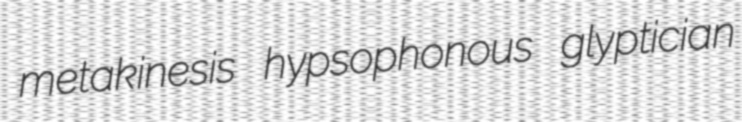
metakinesis hypsophonous glyptician